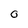
Character: o